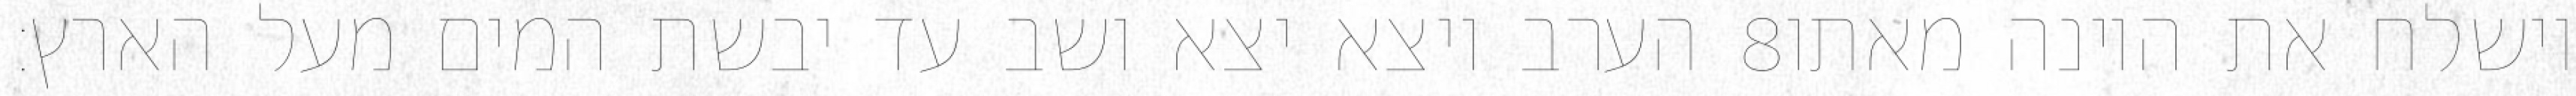
הערב ויצא יצא ושב עד יבשת המים מעל הארץ׃ ‎8‏ וישלח את היונה מאתו